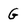
Character: G